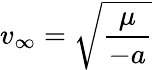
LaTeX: v_{\infty}={\sqrt{\frac{\mu}{-a}}}\,